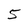
Character: 5